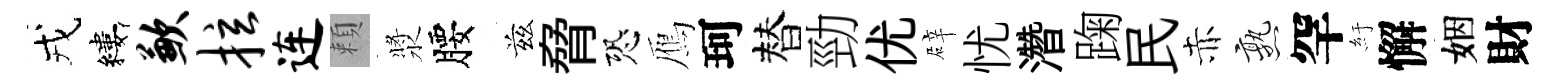
戎縷歉拉连頼漿腰兹脅恐鴈珂替勁优辟忧濳踘民赤熟罕紆懈姻財